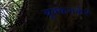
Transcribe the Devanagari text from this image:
बुक्कनकेरे